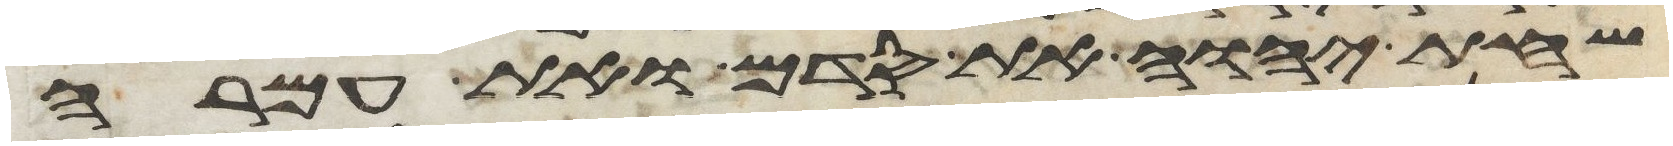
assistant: שחת יהוה את סדם ואת עמרה